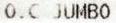
O.C JUMBO